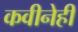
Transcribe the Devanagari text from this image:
कवीनेही